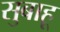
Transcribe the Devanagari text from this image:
सुबाहू